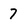
Character: 7